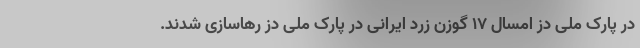
در پارک ملی دِز امسال ۱۷ گوزن زرد ایرانی در پارک ملی دِز رهاسازی شدند.